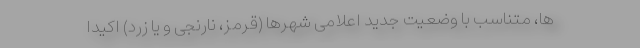
ها، متناسب با وضعیت جدید اعلامی شهرها (قرمز، نارنجی و یا زرد) اکیداً